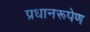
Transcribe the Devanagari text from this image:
प्रधानरूपेण